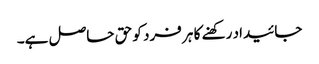
جائیداد رکھنے کا ہر فرد کو حق حاصل ہے۔